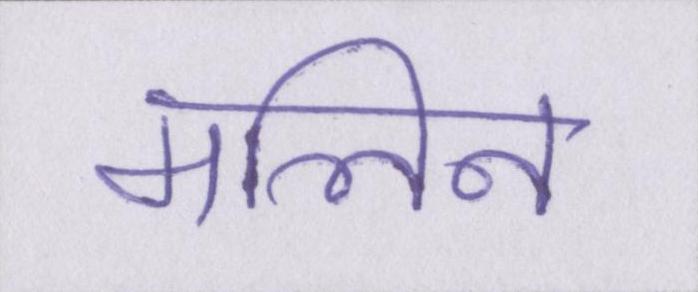
मलिन